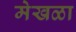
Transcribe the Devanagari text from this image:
मेखळा